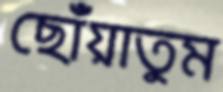
ছোঁয়াতুম